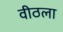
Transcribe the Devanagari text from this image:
वीठला